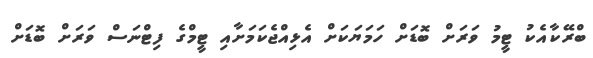
ބްރޭކާއެކު ޓީމު ވަރަށް ބޮޑަށް ހަމަޔަކަށް އެޅިއްޖެކަމަށާއި ޓީމްގެ ފިޓްނަސް ވަރަށް ބޮޑަށް